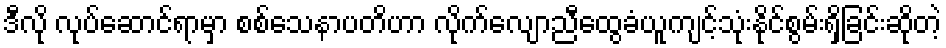
ဒီလို လုပ်ဆောင်ရာမှာ စစ်သေနာပတိဟာ လိုက်လျောညီထွေခံယူကျင့်သုံးနိုင်စွမ်းရှိခြင်းဆိုတဲ့